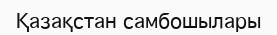
Қазақстан самбошылары